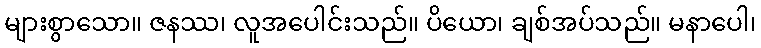
များစွာသော။ ဇနဿ၊ လူအပေါင်းသည်။ ပိယော၊ ချစ်အပ်သည်။ မနာပေါ၊